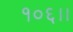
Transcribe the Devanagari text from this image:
१०६।।